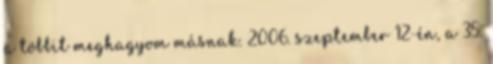
a többit meghagyom másnak. 2006. szeptember 12-én, a 35.